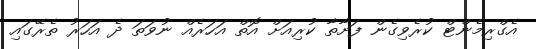
އެގްރިމެންޓް ކުރެވިގެން ފަށާތާ ކުރިއަށް އޮތް އަހަރެއް ނުވަތަ ދެ އަހަރު ތެރޭގައި